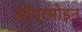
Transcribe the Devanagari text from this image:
ओएरमोइन